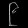
Digit: ၉